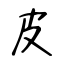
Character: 皮